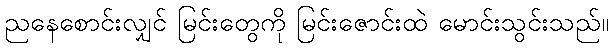
ညနေစောင်းလျှင် မြင်းတွေကို မြင်းဇောင်းထဲ မောင်းသွင်းသည်။